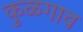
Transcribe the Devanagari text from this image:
कुळगाव